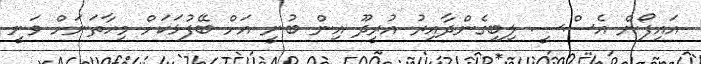
އައިފޯން އެސްސީ ލިބިގެންދާއިރު އުރީދޫ އިން ބުނީ އަށް ބޭފުޅަކަށް މިހާތަނަށް ވަނީ